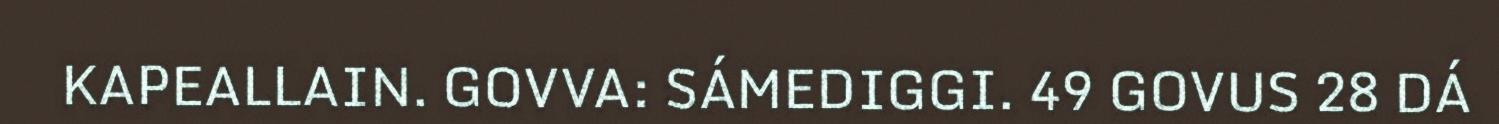
KAPEALLAIN. GOVVA: SÁMEDIGGI. 49 GOVUS 28 DÁ